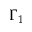
\Gamma _ { 1 }